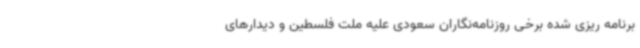
برنامه ریزی شده برخی روزنامه‌نگاران سعودی علیه ملت فلسطین و دیدارهای